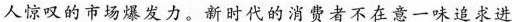
人惊叹的市场爆发力。新时代的消费者不在意一味追求进